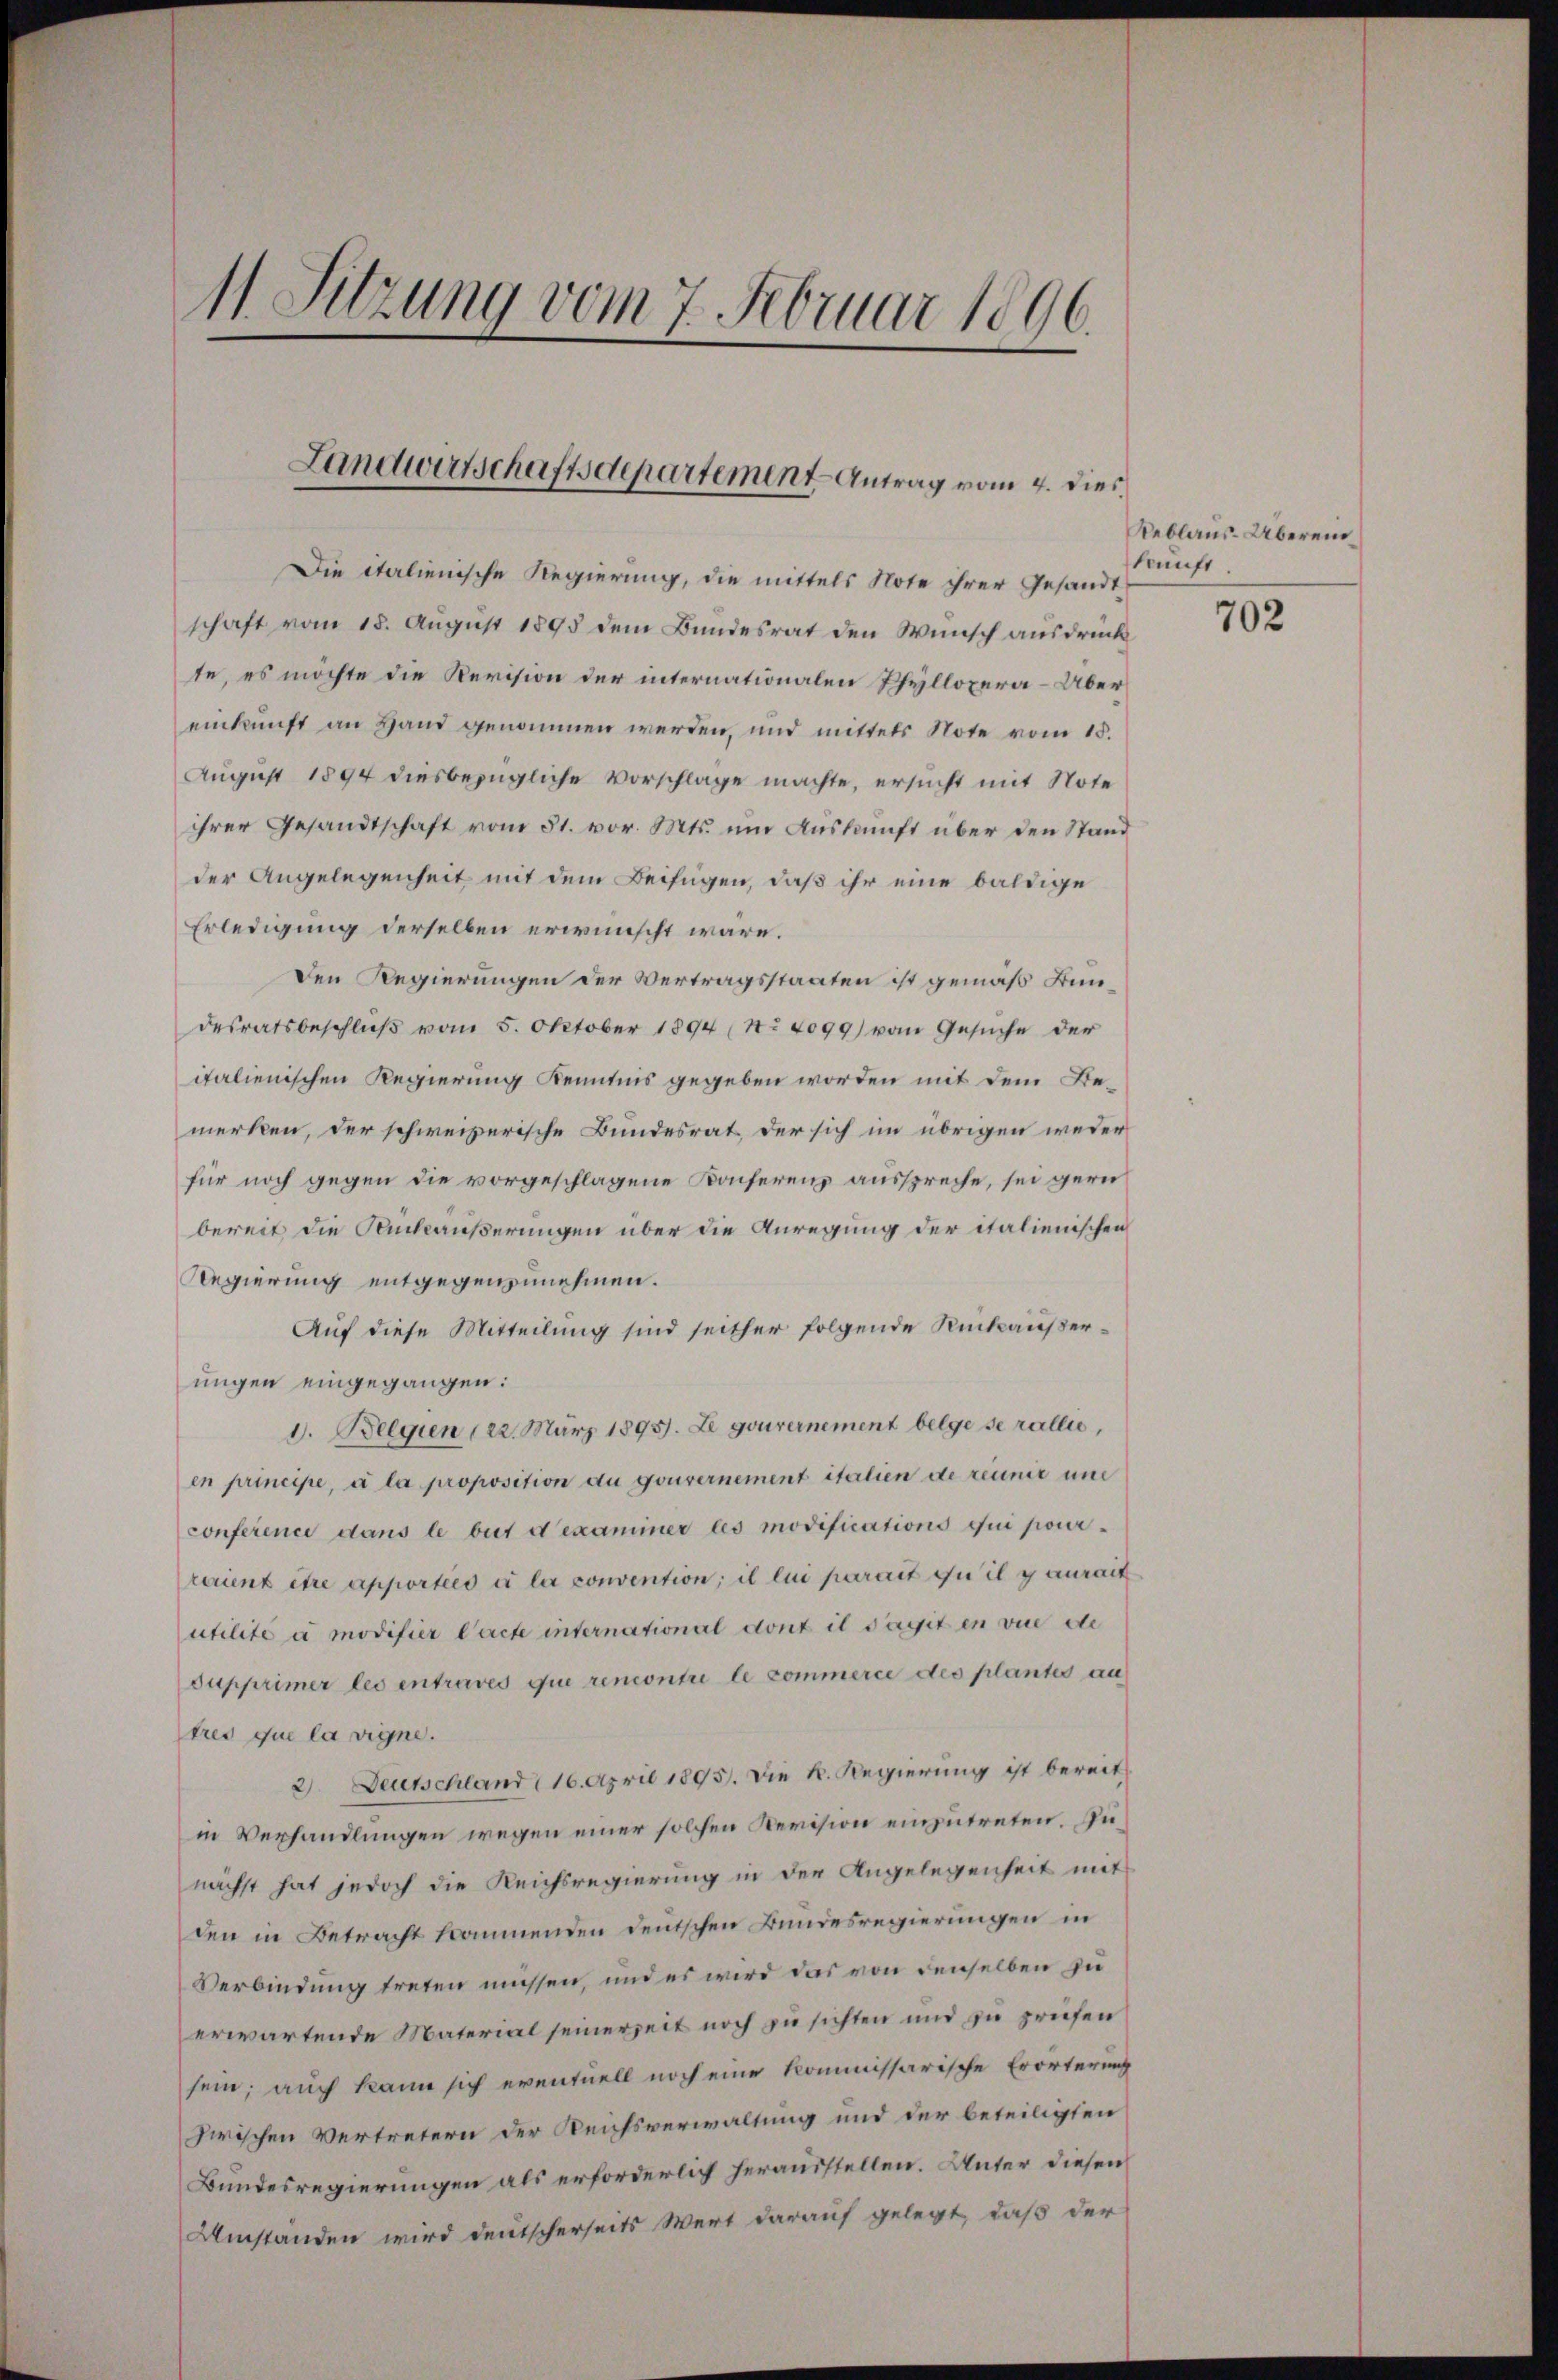
11. Sitzung vom 7. Februar 1896.

Landwirtschaftsdepartement Antrag vom 4. dies

Die italienische Regierung, die mittels Note ihrer Gesandt
schaft vom 18. August 1895 dem Bundesrat den Wunsch ausdruck
te, es möchte die Revision der internationalen Phyllopera - Über
einkunft an Hand genommen werden, und mittels Note vom 15.
August 1894 diesbezügliche Vorschlage machte, ersucht mit Note
ihrer Gesandtschaft vom 31. vor. Mts. um Auskunft über den Stand
der Angelegenheit mit dem Beifügen, daß ihr eine baldige
Erledigung derselben erwünscht wäre.
den Regierungen der Vertragsstaaten ist gemäß Bündesratsbeschluß vom 5. Oktober 1894 (Nr. 4099) vom Gesuche der
italienischen Regierung Kenntnis gegeben worden mit dem Bemerken, der schweizerische Bundesrat, der sich im übrigen weder
für noch gegen die vorgeschlagene Konferenz ausspreche, sei gern
bereit die Sackäußerungen über die Anregung der italienischen
Regierung entgegenzunehmen.
Auf diese Mitteilung sind seither folgende Rückäußerungen eingegangen:
d. Belgien 122. März 1895. Le gouvernement belge serallis,
en principe, a la proposition du gouvernement italien de reuinie und
conference dans le but d’examiner les modifications qui pourraient être apportées à la convention; il lui parait zu il y aurait
utilité à modifier Pachte international dont il dagit in vue de
supprimer les entraves que rencontre le commerce des plantes au
tres que la vigne.
2) Deutschland 16. April 1895. Die K. Regierung ist bereits
in Verhandlungen wegen einer solchen Revision einzutreten. Punächst hat jedoch die Reichsregierung in der Angelegenheit mit
den in Betracht kommenden Deutschen Bundesregierungen in
Verbindung treten müssen, und es wird das von denselben zu
erwartende Material seinerzeit noch zu sichten und zu prüfen
sein; auch kann sich eventuell noch eine kommissarische Erörterung
zwischen Vertretern der Reichsverwaltung und der beteiligten
Bundesregierungen als erforderlich herausstellen. Unter diesen
Umstanden wird deutscherseits Wert darauf gelegt, daß der

Reblaus-Überein
kunft.

702